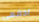
ادفعي